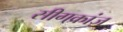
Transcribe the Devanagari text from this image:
सीगक्रांज़